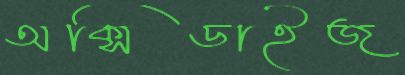
অক্সিডাইজ